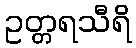
ဥတ္တရသီရိ